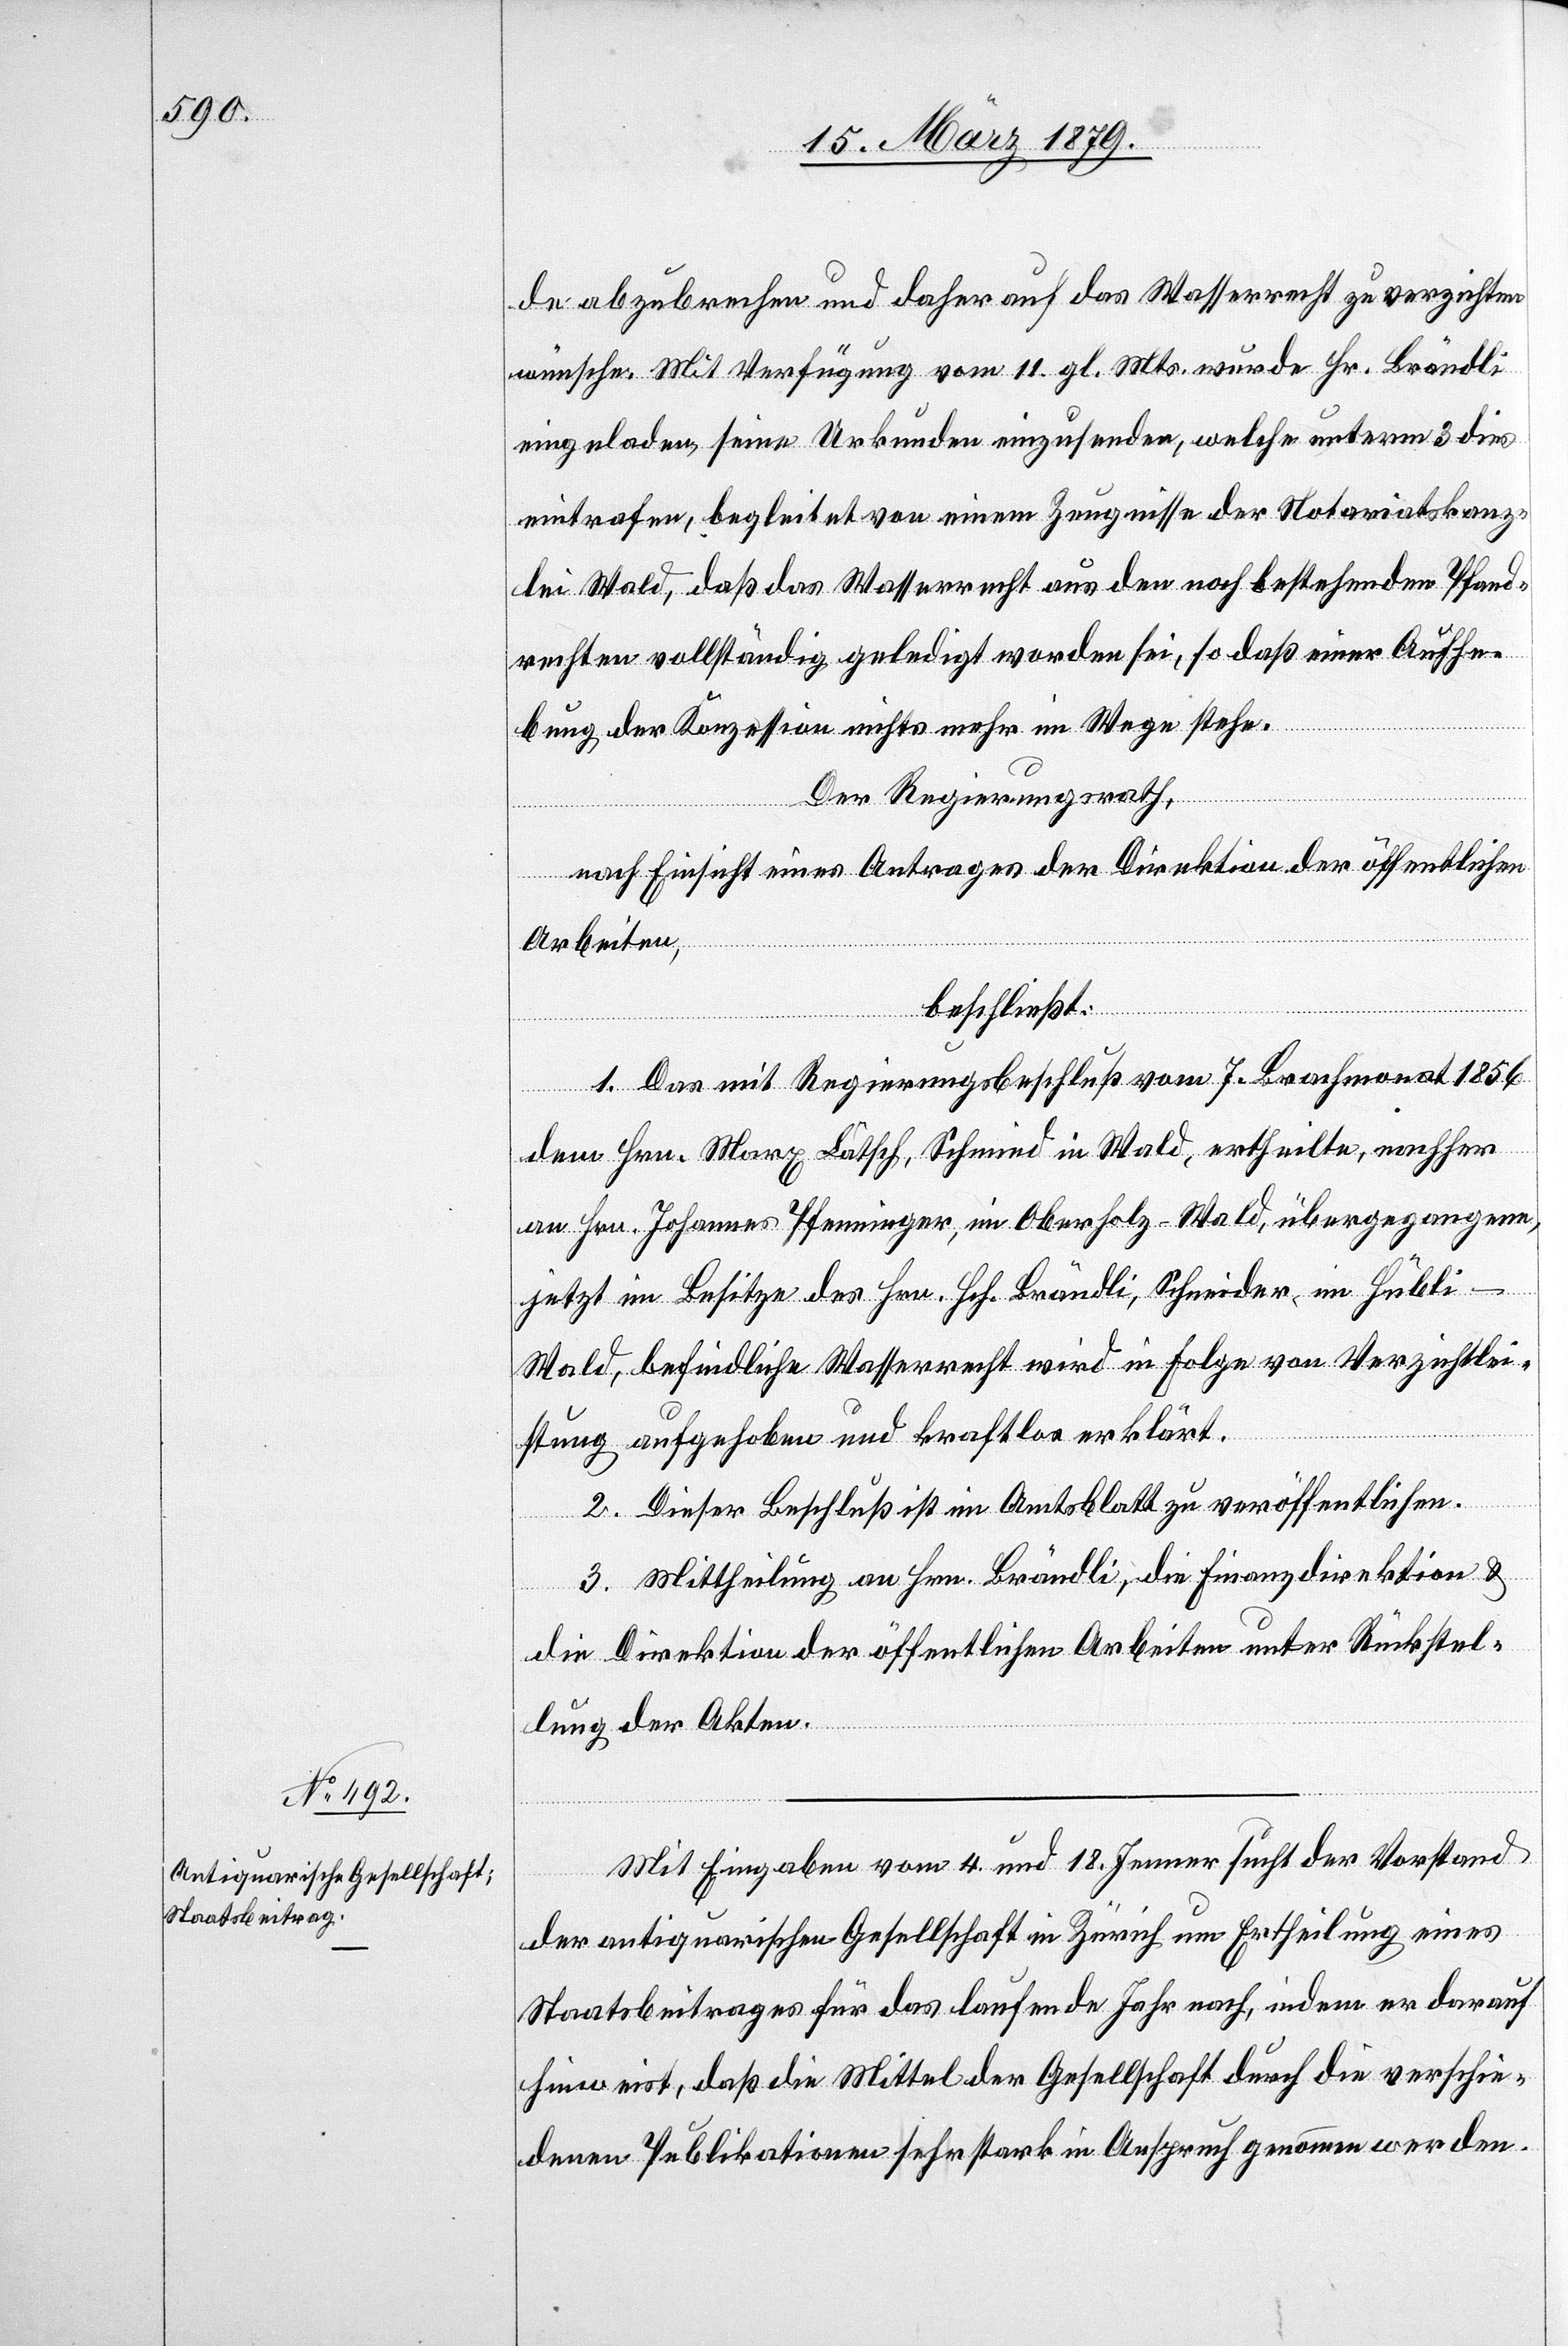
de abzubrechen und daher auf das Wasserrecht zu verzichten
wünsche. Mit Verfügung vom 11. gl. Mts. wurde Hr. Brändli
eingeladen, seine Urkunden einzusenden, welche unterm 3 dies
eintrafen, begleitet von einem Zeugnisse der Notariatskanz¬
lei Wald, daß das Wasserrecht aus den noch bestehenden Pfand¬
rechten vollständig geledigt worden sei, so daß einer Aufhe¬
bung der Konzession nichts mehr im Wege stehe.
Der Regierungsrath,
nach Einsicht eines Antrages der Direktion der öffentlichen
Arbeiten,
beschließt:
1. Das mit Regierungsbeschluß vom 7. Brachmonat 1856
dem Hrn. Marx Lätsch, Schmied in Wald, ertheilte, nachher
an Hrn. Johannes Pfenninger, im Oberholz - Wald, übergegangene,
jetzt im Besitze des Hrn. Hch. Brändli, Schneider, im Hübli
Wald, befindliche Wasserrecht wird in Folge von Verzichtlei¬
stung aufgehoben und kraftlos erklärt.
2. Dieser Beschluß ist im Amtsblatt zu veröffentlichen.
3. Mittheilung an Hrn. Brändli, die Finanzdirektion &
die Direktion der öffentlichen Arbeiten unter Rückstel¬
lung der Akten.
Mit Eingaben vom 4. und 18. Jenner sucht der Vorstand
der antiquarischen Gesellschaft in Zürich um Ertheilung eines
Staatsbeitrages für das laufende Jahr nach, indem er darauf
hinweist, daß die Mittel der Gesellschaft durch die verschie¬
denen Publikationen sehr stark in Anspruch genommen werden.